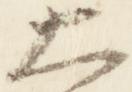
大